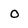
Character: o